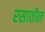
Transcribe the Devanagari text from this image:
रसातील